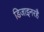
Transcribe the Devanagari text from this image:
डिजाइनरहै